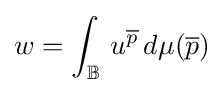
w=\int _{\mathbb {B} }\,u^{\overline {p}}\,d\mu ({\overline {p}})